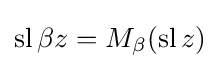
\operatorname {sl} \beta z=M_{\beta }(\operatorname {sl} z)